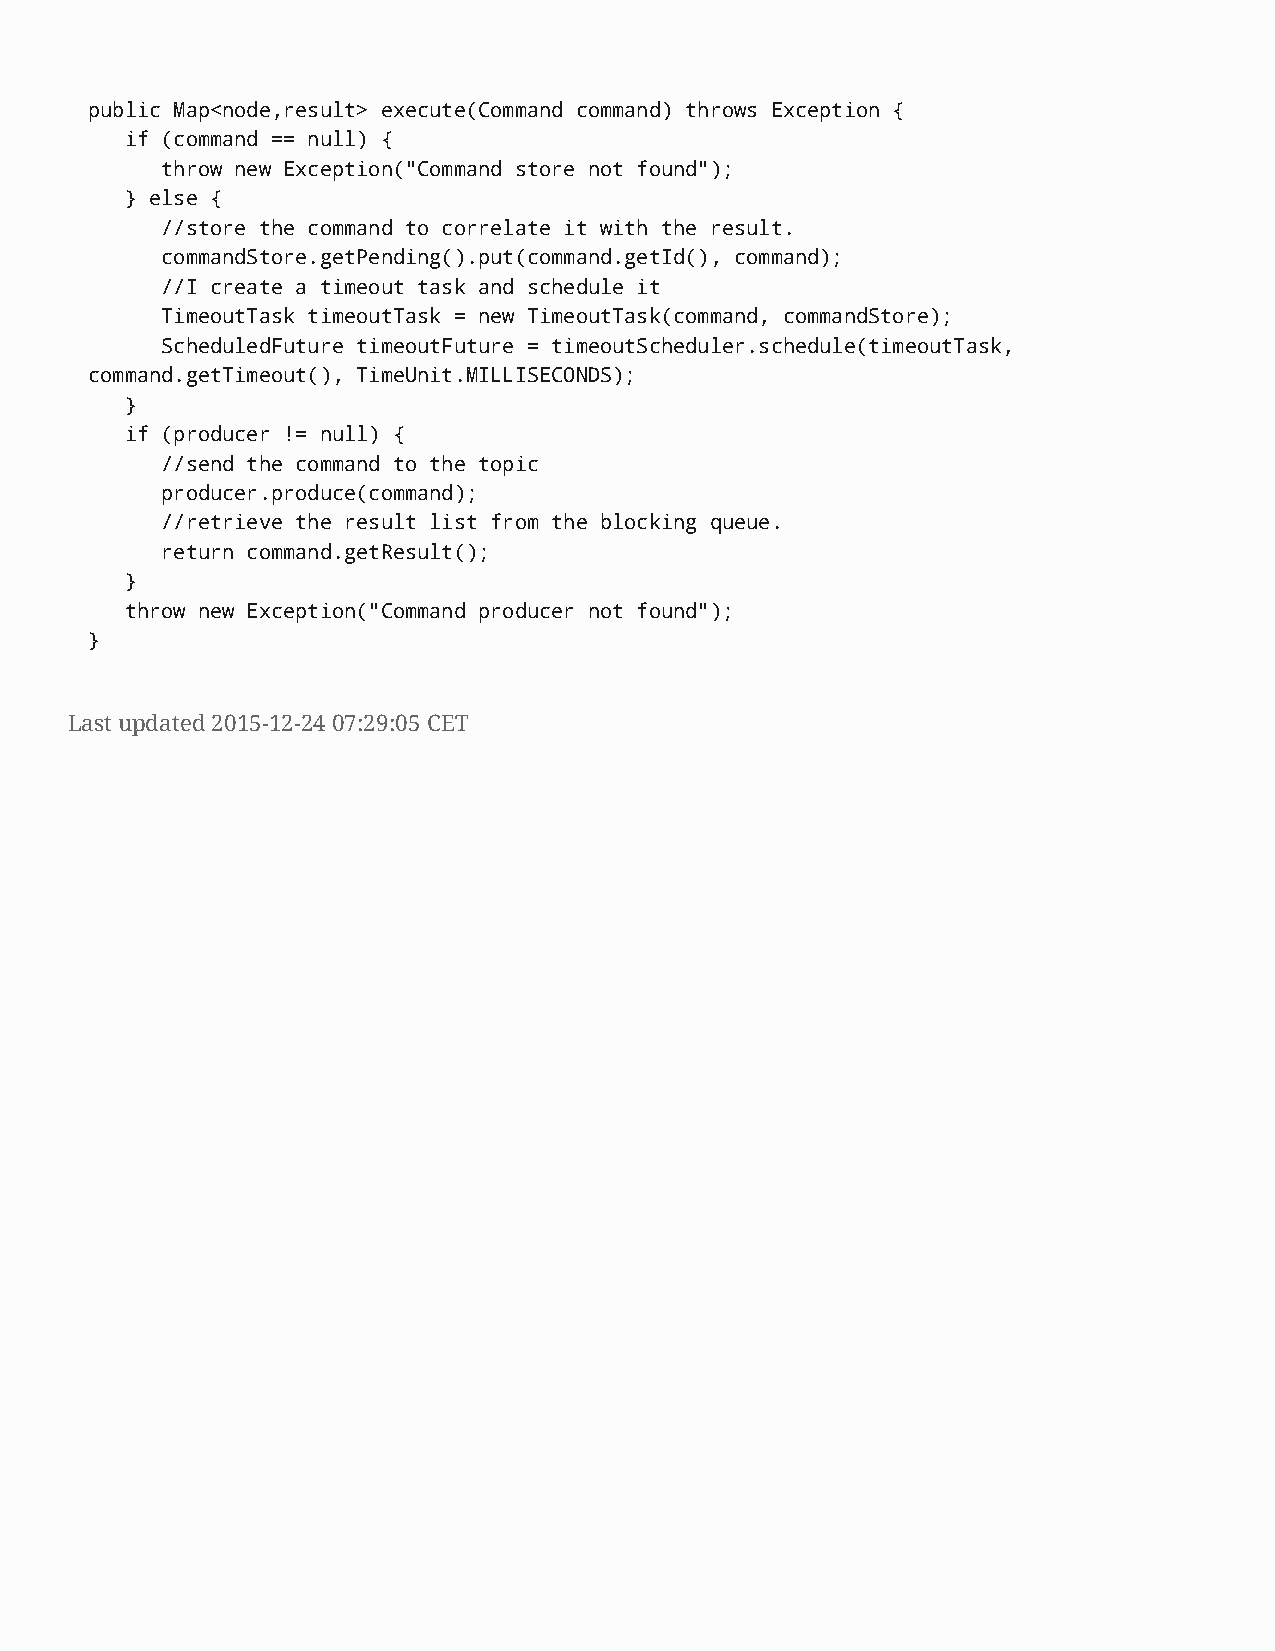
public Map<node,result> execute(Command command) throws Exception {
 if (command == null) {
 throw new Exception("Command store not found");
 } else {
 //store the command to correlate it with the result.
 commandStore.getPending().put(command.getId(), command);
 //I create a timeout task and schedule it
 TimeoutTask timeoutTask = new TimeoutTask(command, commandStore);
 ScheduledFuture timeoutFuture = timeoutScheduler.schedule(timeoutTask,
 command.getTimeout(), TimeUnit.MILLISECONDS);
 }
 if (producer != null) {
 //send the command to the topic
 producer.produce(command);
 //retrieve the result list from the blocking queue.
 return command.getResult();
 }
 throw new Exception("Command producer not found");
 }
 Last updated 2015-12-24 07:29:05 CET